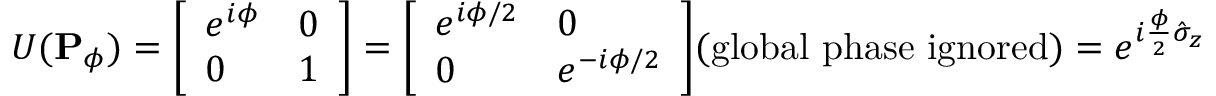
U ( \mathbf { P } _ { \phi } ) = { \left[ \begin{array} { l l } { e ^ { i \phi } } & { 0 } \\ { 0 } & { 1 } \end{array} \right] } = { \left[ \begin{array} { l l } { e ^ { i \phi / 2 } } & { 0 } \\ { 0 } & { e ^ { - i \phi / 2 } } \end{array} \right] } { \mathrm { ( g l o b a l ~ p h a s e ~ i g n o r e d ) } } = e ^ { i { \frac { \phi } { 2 } } { \hat { \sigma } } _ { z } }